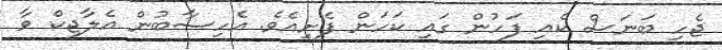
ޖެހި ބަނަސް ކެއި ފަހުން ގައި ކަހަން ފެށިއެވެ. އެހިސާބުން އެލާޖިކް ވާ